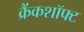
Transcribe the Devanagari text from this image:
क्रैंकशॉफ्ट